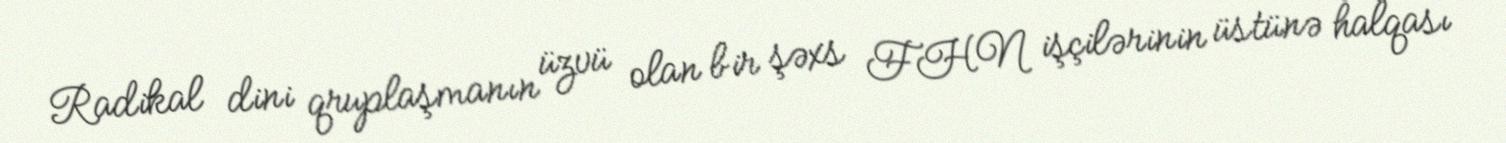
Radikal dini qruplaşmanın üzvü olan bir şəxs FHN işçilərinin üstünə halqası